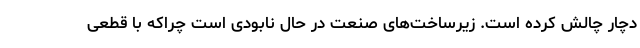
دچار چالش کرده است. زیرساخت‌های صنعت در حال نابودی است چراکه با قطعی